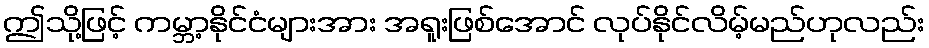
ဤသို့ဖြင့် ကမ္ဘာ့နိုင်ငံများအား အရူးဖြစ်အောင် လုပ်နိုင်လိမ့်မည်ဟုလည်း